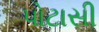
પોટાસી